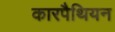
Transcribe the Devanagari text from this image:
कारपैथियन